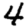
Digit: 4